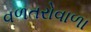
વળતરોવાળા